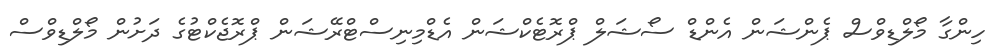
ހިންގާ މޯލްޑިވްސް ޕެންޝަން އެންޑް ސޯޝަލް ޕްރޮޓެކްޝަން އެޑްމިނިސްޓްރޭޝަން ޕްރޮޖެކްޓުގެ ދަށުން މޯލްޑިވްސް